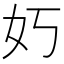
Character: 𮰷